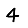
Digit: 4